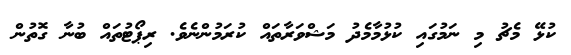
ކުޅޭ މެޗު މި ނަމުގައި ކުޅުމާމެދު މަޝްވަރާތައް ކުރަމުންނެވެ. ރިޕޯޓުތައް ބުނާ ގޮތުން